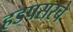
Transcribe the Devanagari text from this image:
हडपसरचे